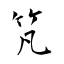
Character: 竼